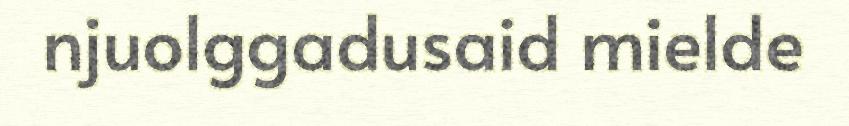
njuolggadusaid mielde